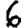
Digit: 6